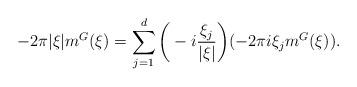
LaTeX: \begin{align*}-2\pi|\xi|m^G(\xi)=\sum_{j=1}^d\bigg(-i\frac{\xi_j}{|\xi|}\bigg) (-2\pi i\xi_j m^G(\xi)).\end{align*}